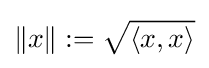
\|x\|:={\sqrt {\langle x,x\rangle }}